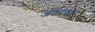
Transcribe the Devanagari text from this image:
अशरफाने